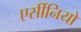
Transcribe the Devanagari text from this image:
एर्सीनियो